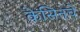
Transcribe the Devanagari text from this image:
केसिनचे